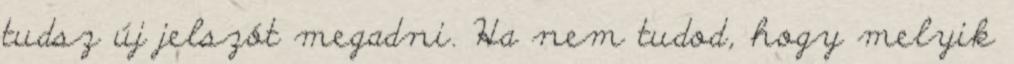
tudsz új jelszót megadni. Ha nem tudod, hogy melyik